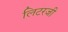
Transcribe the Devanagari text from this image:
लिटरजी